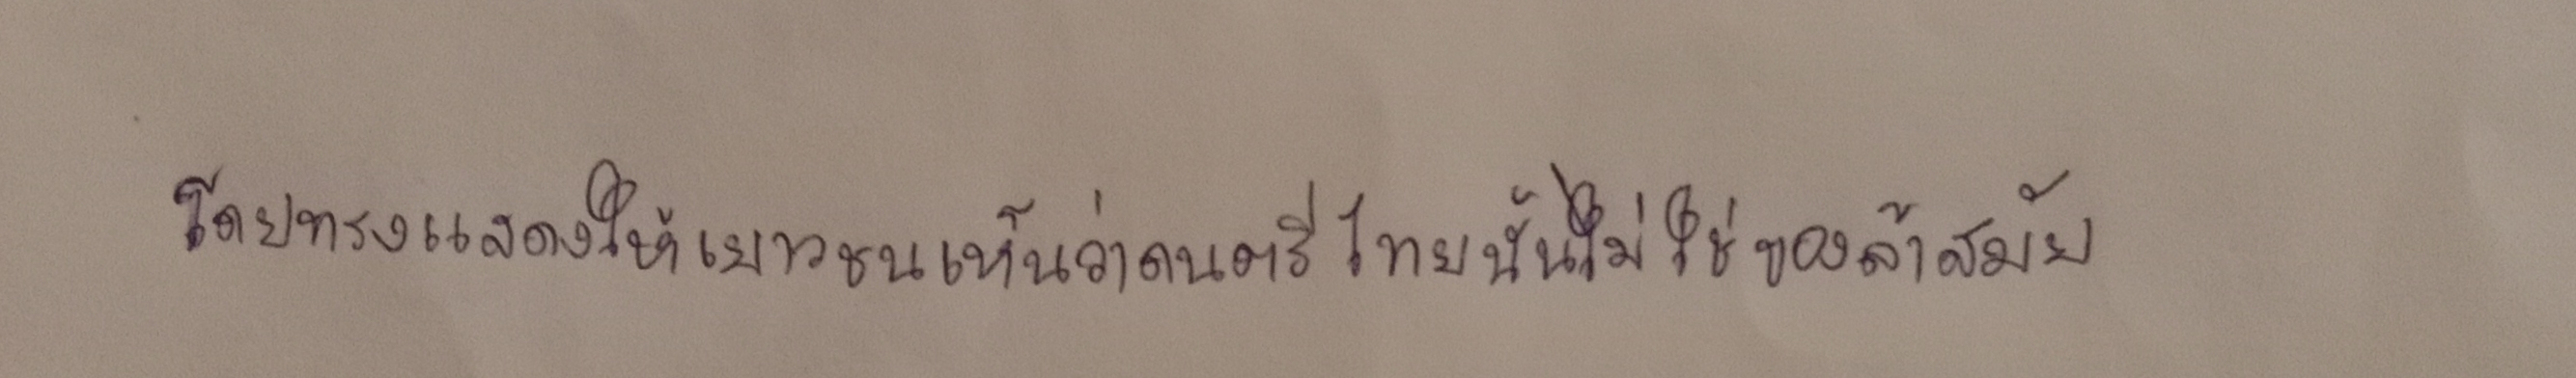
โดยทรงแสดงให้เยาวชนเห็นว่าดนตรีไทยนั้นไม่ใช่ของล้าสมัย